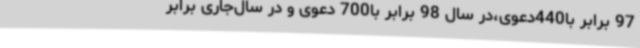
97 برابر با440دعوی،در سال 98 برابر با700 دعوی و در سال‌جاری برابر